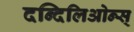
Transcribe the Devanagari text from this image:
दन्दिलिओन्स्